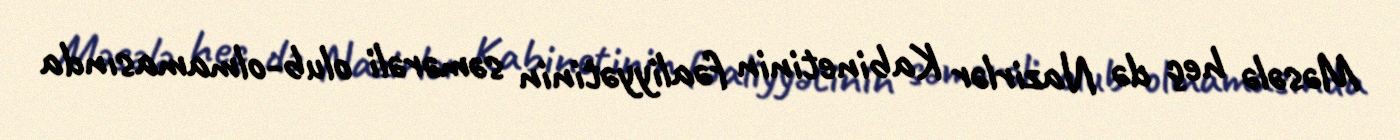
Məsələ heç də Nazirlər Kabinetinin fəaliyyətinin səmərəli olub-olmamasında